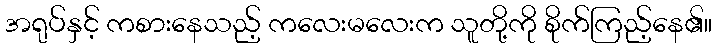
အရုပ်နှင့် ကစားနေသည့် ကလေးမလေးက သူတို့ကို စိုက်ကြည့်နေ၏။